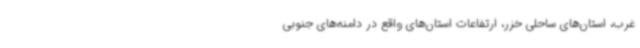
غرب، استان‌های ساحلی خزر، ارتفاعات استان‌های واقع در دامنه‌های جنوبی